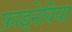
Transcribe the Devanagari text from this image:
फ़ाइनेविया